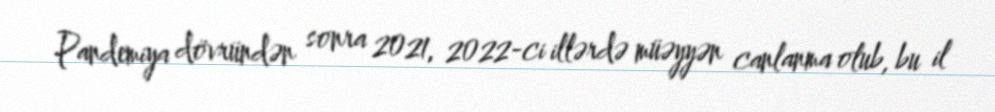
Pandemiya dövründən sonra 2021, 2022-ci illərdə müəyyən canlanma olub, bu il